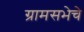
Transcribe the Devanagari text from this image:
ग्रामसभेचे